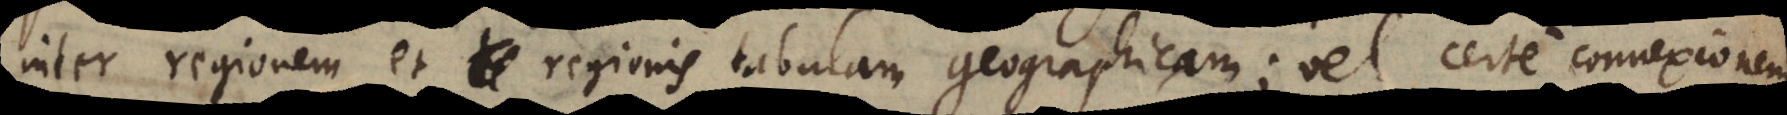
inter regionem et regionis tabulam geographicam; vel certe connexionem